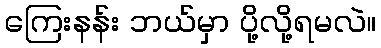
ကြေးနန်း ဘယ်မှာ ပို့လို့ရမလဲ။